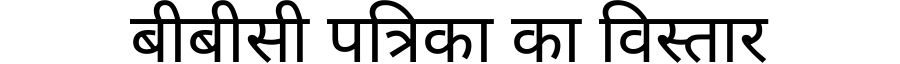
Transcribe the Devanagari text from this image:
बीबीसी पत्रिका का विस्तार